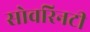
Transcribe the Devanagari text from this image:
सोवरिनटी